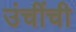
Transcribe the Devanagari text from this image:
उंचींची